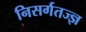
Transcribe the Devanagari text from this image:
निसर्गतज्ज्ञ